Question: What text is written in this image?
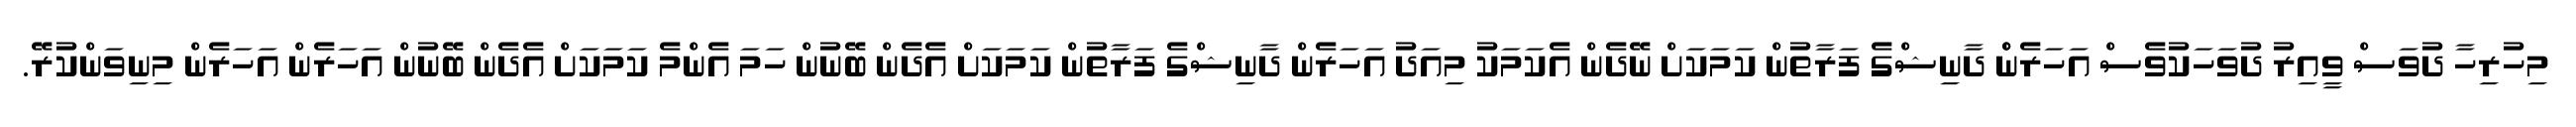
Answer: މިހުރިހާ ދުވަސް ވީއިރު ދުވަހަކުވެސް އަހަރެންް ދާނިޝްގެ ފަރާތުން ކަމަކަށް ނޭދެން އެކަމަކު މިއަދު އަހަރެން ދާނިޝްގެ ފަރާތުން ކަމަކަށް އެދެން ބޭނުން ހަމަ އެންމެ ކަމަކަށް އެދެން ބޭނުން އަހަރެން އަހަރެން މިނިވަންކުރޭ.